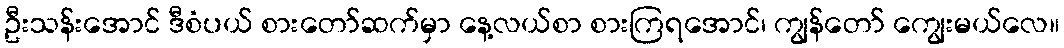
ဦးသန်းအောင် ဒီစံပယ် စားတော်ဆက်မှာ နေ့လယ်စာ စားကြရအောင်၊ ကျွန်တော် ကျွေးမယ်လေ။